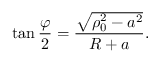
\tan { \frac { \varphi } { 2 } } = { \frac { \sqrt { \rho _ { 0 } ^ { 2 } - a ^ { 2 } } } { R + a } } .